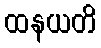
ထနယတိ